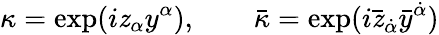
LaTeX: \kappa=\exp(i\mathit{z}_{\alpha}y^{\alpha}),\qquad\bar{{\kappa}}=\exp(i\bar{{\mathit{z}}}_{\dot{{\alpha}}}\bar{{y}}^{\dot{{\alpha}}})